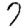
Digit: 7